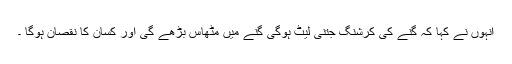
انہوں نے کہا کہ گنے کی کرشنگ جتنی لیٹ ہوگی گنے میں مٹھاس بڑھے گی اور کسان کا نقصان ہوگا ۔